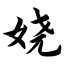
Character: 娆